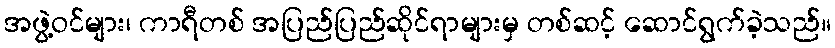
အဖွဲ့ဝင်များ၊ ကာရီတစ် အပြည်ပြည်ဆိုင်ရာများမှ တစ်ဆင့် ဆောင်ရွက်ခဲ့သည်။